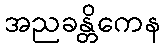
အညခန္တိကေန